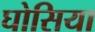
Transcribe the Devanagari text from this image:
घोसिया